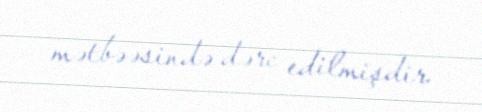
mətbəəsində dərc edilmişdir.